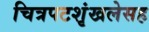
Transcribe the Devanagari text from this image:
चित्रपटशृंखलेसह